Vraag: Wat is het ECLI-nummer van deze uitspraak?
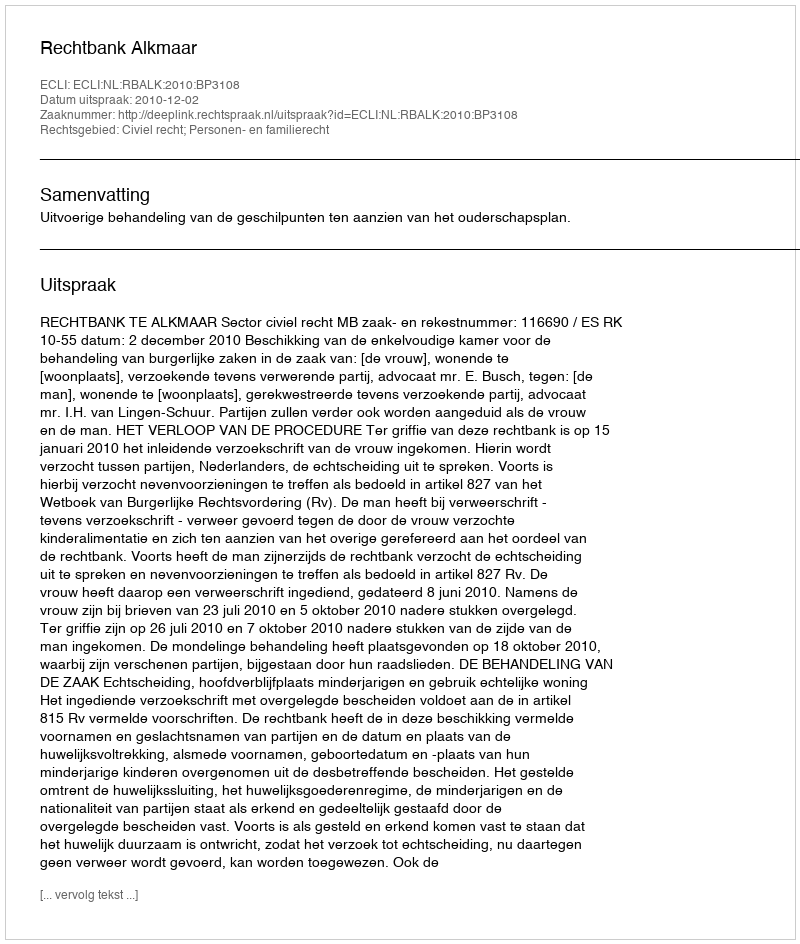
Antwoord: ECLI:NL:RBALK:2010:BP3108